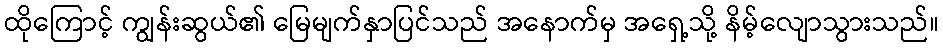
ထိုကြောင့် ကျွန်းဆွယ်၏ မြေမျက်နှာပြင်သည် အနောက်မှ အရှေ့သို့ နိမ့်လျောသွားသည်။